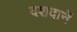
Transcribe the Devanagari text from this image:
दशदानें